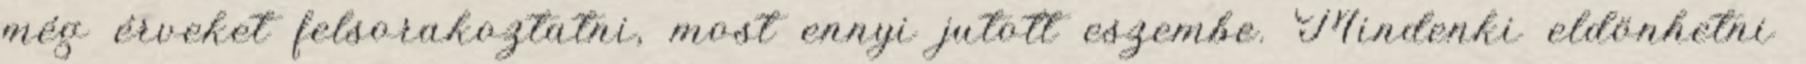
még érveket felsorakoztatni, most ennyi jutott eszembe. Mindenki eldönhetni